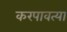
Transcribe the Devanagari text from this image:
करपावत्या